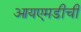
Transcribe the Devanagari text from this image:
आयएमडीची